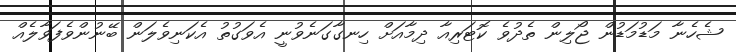
ޝެހެނާ މަޑުމަޑުން ޖޯލިން ތެދުވެ ކޮޓަރިއާ ދިމާއަށް ހިނގާގަނެވުނީ އެވަގުތު އެކަނިވެލަން ބޭނުންވެފަވާލެއް